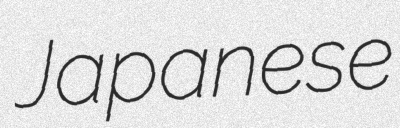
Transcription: Japanese